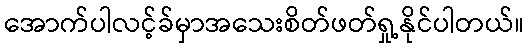
အောက်ပါလင့်ခ်မှာအသေးစိတ်ဖတ်ရှု့နိုင်ပါတယ်။